画像に写った文字を読んでください
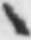
「ヽ」と書いてあります